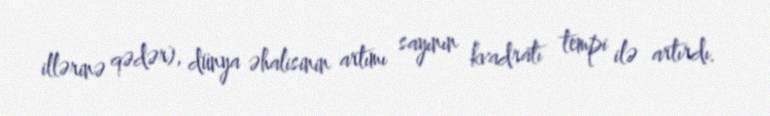
illərinə qədər), dünya əhalisinin artımı sayının kvadratı tempi ilə artırdı.